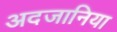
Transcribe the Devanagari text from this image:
अदजानिया